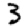
Digit: 3